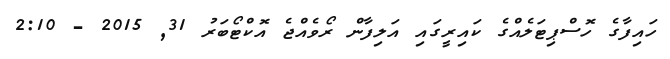
ހައިފާގެ ހޮސްޕިޓަލެއްގެ ކައިރީގައި އަލިފާން ރޯވެއްޖެ އޮކްޓޯބަރު 31